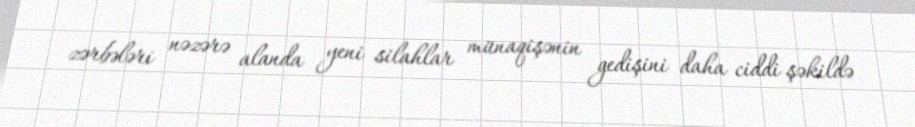
zərbələri nəzərə alanda yeni silahlar münaqişənin gedişini daha ciddi şəkildə